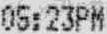
05:23PM